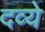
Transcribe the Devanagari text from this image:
दव्ये